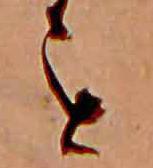
を